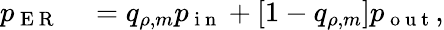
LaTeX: \begin{array}{rl}{p_{\mathrm{~E~R~}}}&{{}=q_{\rho,m}p_{\mathrm{~i~n~}}+\left[1-q_{\rho,m}\right]p_{\mathrm{~o~u~t~}},}\end{array}